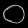
Digit: ၀